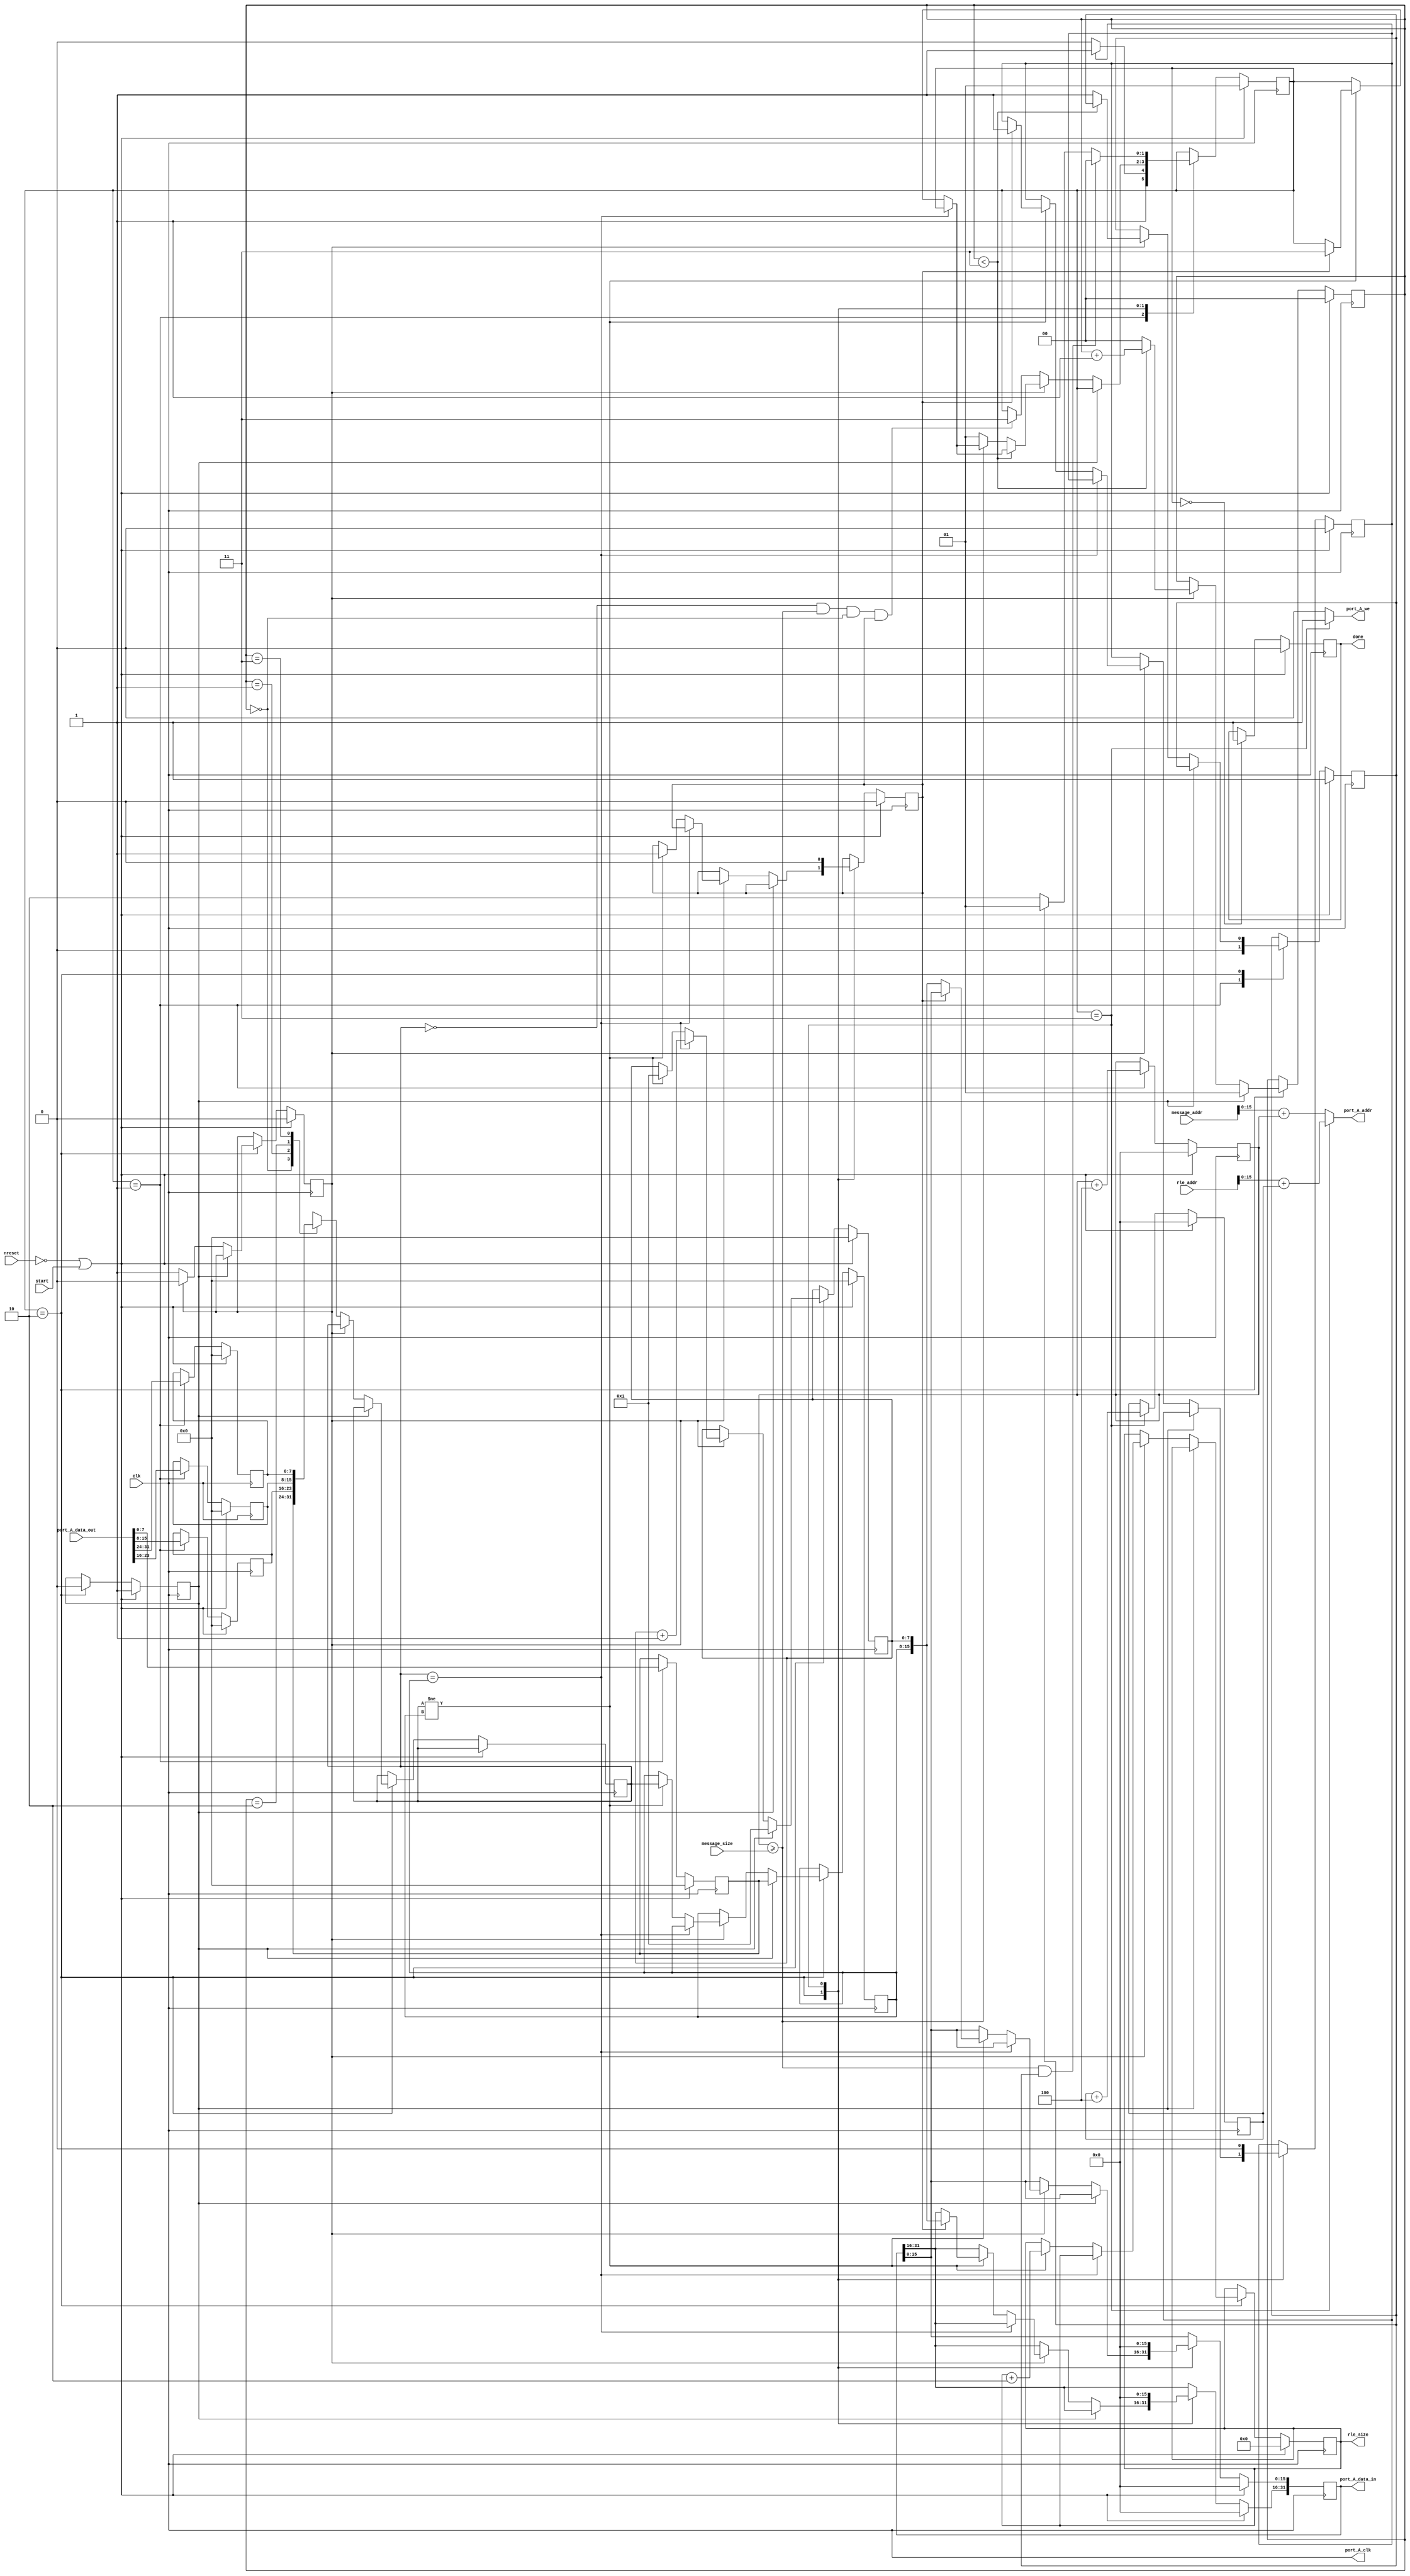
/* ECE111 Project 2: RLE
 * 		   Derek Tran A10543575
 * 
 */
module rle (
	clk, 		
	nreset, 	
	start,
	message_addr,	
	message_size, 	
	rle_addr, 	
	rle_size, 	
	done, 		
	port_A_clk,
    port_A_data_in,
    port_A_data_out,
    port_A_addr,
    port_A_we
	);

input	clk;
input	nreset;
// Initializes the RLE module

input	start;
// Tells RLE to start compressing the given frame

input 	[31:0] message_addr;
// Starting address of the plaintext frame
// i.e., specifies from where RLE must read the plaintext frame

input	[31:0] message_size;
// Length of the plain text in bytes

input	[31:0] rle_addr;
// Starting address of the ciphertext frame
// i.e., specifies where RLE must write the ciphertext frame

input   [31:0] port_A_data_out;
// read data from the dpsram (plaintext)

output  [31:0] port_A_data_in;
// write data to the dpsram (ciphertext)

output  [15:0] port_A_addr;
// address of dpsram being read/written

output  port_A_clk;
// clock to dpsram (drive this with the input clk)

output  port_A_we;
// read/write selector for dpsram

output	[31:0] rle_size;
// Length of the compressed text in bytes

output	done; // done is a signal to indicate that encryption of the frame is complete


reg [1:0] STATE;
parameter [1:0] s_finish = 0,
				s_read = 1,
				s_compress = 2,
				s_write = 3;

reg [15:0] read_offset; // offset memory read address
reg [15:0] write_offset; // offset memory write address
reg [31:0] to_ram;  // write to the dps
reg [7:0] current_total; // number of consecutive numbers that appear 
reg [7:0] current_value; // the value of the current data being looked at  
reg first; // indicate that this is our first time compressing
reg empty; // indicate if we have no more values that were read in
reg write_complete;
reg [1:0] read_count; //offset to read each part of the input
wire message_complete; // indicate moving onto the next message
reg ready; // ready to write
reg delay; // delay the signal to let chars load in

reg [7:0] curr_char; //the value we are looking at 
reg [7:0] char3, char2, char1, char0; // input from port_A_data_out
reg [31:0] rle_size; // size of our length encoding
reg which; // determine if we need to overlay 2 outputs together (i.e 00000028 & 00002801 --> 28010028)
reg done;

assign port_A_clk = clk; // clk to dpsram
assign port_A_we = (STATE==s_write)?1:0; // 1 = write, 0 = read
assign port_A_addr = (STATE==s_write)?(rle_addr + write_offset):(message_addr + read_offset); // offset where to read from
assign port_A_data_in = to_ram; // what we are writing to the dpsram
assign message_complete = (read_offset >= message_size); // if we increment past our message size, move onto the next message
 
always @ (posedge clk)
begin
	if(!nreset | start)
		begin
			STATE <= s_read;
			read_offset <= 0;
			write_offset <= 0;
			first <= 1;
			current_value <= 0;
			current_total <= 0;
			empty <= 1;
			to_ram <= 0;
			read_count <= 0;
			ready <= 0;
			write_complete <= 0;
			rle_size <= 0;

			delay <= 0;
			{char3, char2, char1, char0} <= 0;
			which <= 0;
			done <= 0;
		end
	else
		begin
			case(STATE)
				s_read:
					begin
						// read in value from dpsram
						read_offset <= read_offset + 4;
						{char3, char2, char1, char0} <= port_A_data_out;
						empty <= 0;
						if(!ready)
							STATE <= s_compress;
						else
							STATE <= s_write;
					end
				s_compress:
					begin
						if(first)
							begin
								// first run, just store values and update counter
								current_value <= char0;
								current_total <= 1;
								read_count <= 1;
								first <= 0;
							end
						else
							begin
								if(!delay)
									begin
										// delay the clock to allow character to load in
										delay <= 1;
										case(read_count)
											0:
												begin
													curr_char <= char0;
												end
											1:
												begin
													curr_char <= char1;
												end
											2:
												begin
													curr_char <= char2;
												end
											3:
												begin
													curr_char <= char3;
												end
										endcase
										//edge case rle_testbench2
										if((curr_char == 0) & (message_complete) & (read_count == 0) & which == 1)
											begin
												STATE <= s_write;
											end
									end
								else
									begin
										delay <= 0;
										if(curr_char == current_value)
											begin
												// update current number of consecutive values that appear
												current_total <= current_total + 1;
											end
										else if(curr_char != current_value)
											begin
												// if new value, concatenate value/# of appearence to write to dps
												// and determine if we are ready to write yet
												current_value <= curr_char;
												current_total <= 1;
												if(!which)
													begin
														to_ram[15:0] <= {current_value, current_total};
														which <= 1;

													end
												else 
													begin
														to_ram[31:16] <= {current_value, current_total};
														ready <= 1;
														STATE <= s_write;
													end
												rle_size <= rle_size + 2;
											end
													
											if(read_count < 3)
												begin
													read_count <= read_count + 1;
												end
											else
												begin
													empty <= 1;
													read_count <= 0;
													if(!message_complete)
														begin
															STATE <= s_read;
														end
												end
									end
							end
					end
				s_write:
					begin
						//write to dpsram
						write_offset <= write_offset + 4;
						to_ram <= 0;
						ready <= 0;
						which <= 0;
						if(message_complete & empty)
							begin
								STATE <= s_finish;
							end
						else if (empty)
							begin
								STATE <= s_read;
							end
						else
							begin
								STATE <= s_compress;
							end
					end
				s_finish:
					begin
						done <= 1;
					end
			endcase
		end
end

endmodule